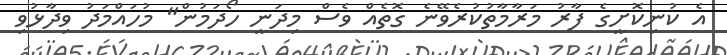
އެ ކުނިކޮށީގެ ފާރު މަރާމާތުކުރެވޭނެ ގޮތެއް ވެސް މިދަނީ ހޯދަމުން" މުހައްމަދު ވިދާޅުވި